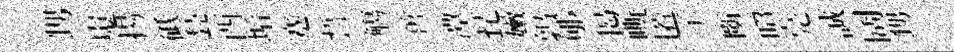
甥嵬揚砥甃酉垢蹇誓觴啻潭琵嫩鹑郇愒嘶匿示㫁照亮誠阔甥